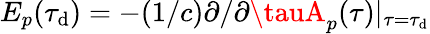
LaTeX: E_{p}(\tau_{\mathrm{d}})=-(1/c)\partial/\partial\tauA_{p}(\tau)|_{\tau=\tau_{\mathrm{d}}}